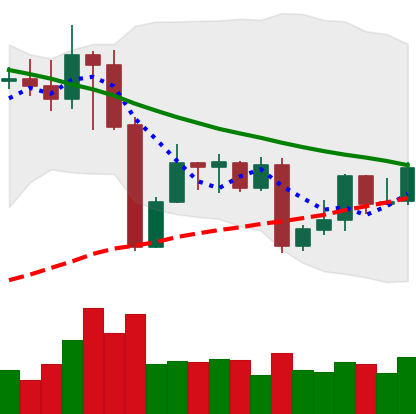
Ticker: XMR-USD
Chart end date: 2022-09-01
Forward return: -5.752%
Label: down_5_7